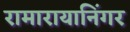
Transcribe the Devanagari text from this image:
रामारायानिंगर